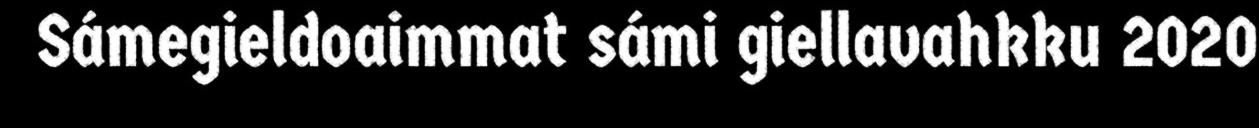
Sámegieldoaimmat sámi giellavahkku 2020